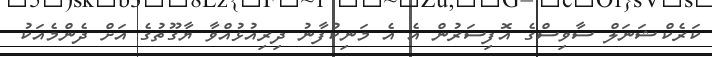
ކަރެކްޝަނަލް ސާވިސްގެ އޮފިސަރުން އެ އެ މަނިކުފާނު ދިރިއުޅުއްވާ ޔާގޫތުގެ އަށް ދެންމެއަކު